system: You are a helpful assistant.
user:
Analyze the provided spectrum to determine if it is a **Carbon Star (C-type)**.

- **Key Visual Indicators of Carbon Star:**
    - **(Primary):** Strong molecular absorption from **C₂ (diatomic carbon) "Swan Bands."** This is the **defining feature** of a carbon star.
        - **(Key Bandheads):** Sharp absorption edges are visible at approximately $5635$ Å, $5165$ Å (the strongest band), and $4737$ Å.
        - **(Line Profile):** Creates a distinct **"saw-tooth"** pattern. The key morphology is a sharp, steep bandhead on the **red (long-wavelength) side**, which then gradually tapers off (i.e., flux recovers) towards the **blue (short-wavelength) side**. *(This is the direct opposite of the TiO bands seen in M-type stars)*.

    - **(Secondary):** Intense **CN (cyanogen)** molecular absorption bands.
        - **(Key Bandheads):** Located in the blue and violet regions of the spectrum (e.g., near $4215$ Å and $3883$ Å).
        - **(Morphology):** These bands are extremely broad and act as a "blanket," absorbing the vast majority of blue and violet light. This creates a characteristic **"cliff"** or **"steep drop-off"** in the spectrum's flux at short wavelengths.

    - **(Key Confirmation):** Strong **CH absorption band (G-band)**.
        - **(Key Bandhead):** Located around $4300$ Å. The contribution from CH molecules to this band is exceptionally strong.

    - **(Overall Spectrum):**
        - The continuum is severely "chopped up" by these deep molecular bands, especially C₂, rather than appearing as a smooth curve.
        - Due to the heavy CN and C₂ absorption in the blue-green, the vast majority of the star's flux is concentrated in the red part of the spectrum, giving the star its characteristic deep red color.

Think first, call **spectral_visualization_tool** if needed to examine features in detail, then provide your final answer. Your response must adhere to the following strict rules:
1.  **Overall Structure:** Your response must follow the format `<think>...</think> <tool_call>...</tool_call> (if a tool is used) <answer>...</answer>`.
2.  **Tool Usage Constraint:** You may only make **one** tool call per turn.
3.  **Final Answer Format:** In the `<answer>` tag, your conclusion must be inside a `\boxed{}` command (e.g., `\boxed{YES}`), followed by your justification.

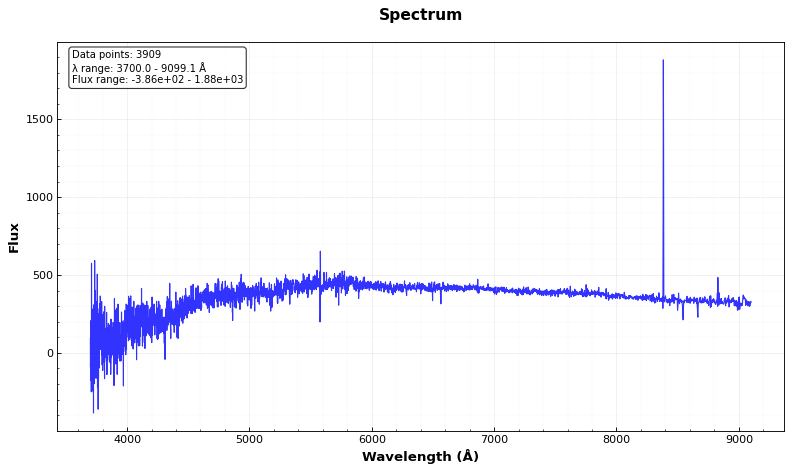
Answer: NO